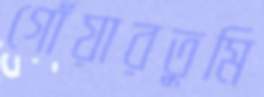
গোঁয়ারতুমি